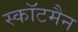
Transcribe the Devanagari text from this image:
स्कॉटमैन